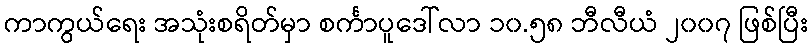
ကာကွယ်ရေး အသုံးစရိတ်မှာ စင်္ကာပူဒေါ်လာ ၁၀.၅၈ ဘီလီယံ ၂၀၀၇ ဖြစ်ပြီး